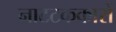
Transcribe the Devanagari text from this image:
नाटटककारों